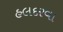
હલદરવા